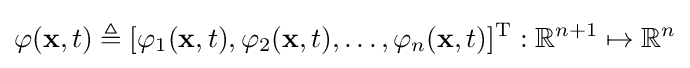
\varphi (\mathbf {x} ,t)\triangleq [\varphi _{1}(\mathbf {x} ,t),\varphi _{2}(\mathbf {x} ,t),\ldots ,\varphi _{n}(\mathbf {x} ,t)]^{\operatorname {T} }:\mathbb {R} ^{n+1}\mapsto \mathbb {R} ^{n}